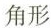
角形